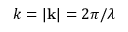
k = | { \mathbf { k } } | = 2 \pi / \lambda